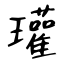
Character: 瓘